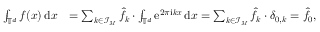
\begin{array} { r l } { \int _ { \mathbb T ^ { d } } f ( \boldsymbol x ) \, \mathrm d \boldsymbol x } & { = \sum _ { \boldsymbol k \in { \mathcal I _ { \boldsymbol M } } } \hat { f } _ { \boldsymbol k } \cdot \int _ { \mathbb T ^ { d } } \mathrm e ^ { 2 \pi \mathrm i \boldsymbol k \boldsymbol x } \, \mathrm d \boldsymbol x = \sum _ { \boldsymbol k \in { \mathcal I _ { \boldsymbol M } } } \hat { f } _ { \boldsymbol k } \cdot \delta _ { \boldsymbol 0 , \boldsymbol k } = \hat { f } _ { \boldsymbol 0 } , } \end{array}